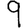
Digit: 9